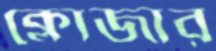
ক্লোজার